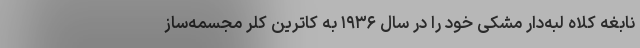
نابغه کلاه لبه‌دار مشکی خود را در سال ۱۹۳۶ به کاترین کلر مجسمه‌ساز